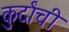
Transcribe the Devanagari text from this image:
कुर्दांची